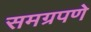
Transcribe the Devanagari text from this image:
समग्रपणे